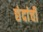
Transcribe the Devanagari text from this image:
छंदांची